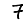
Digit: 7